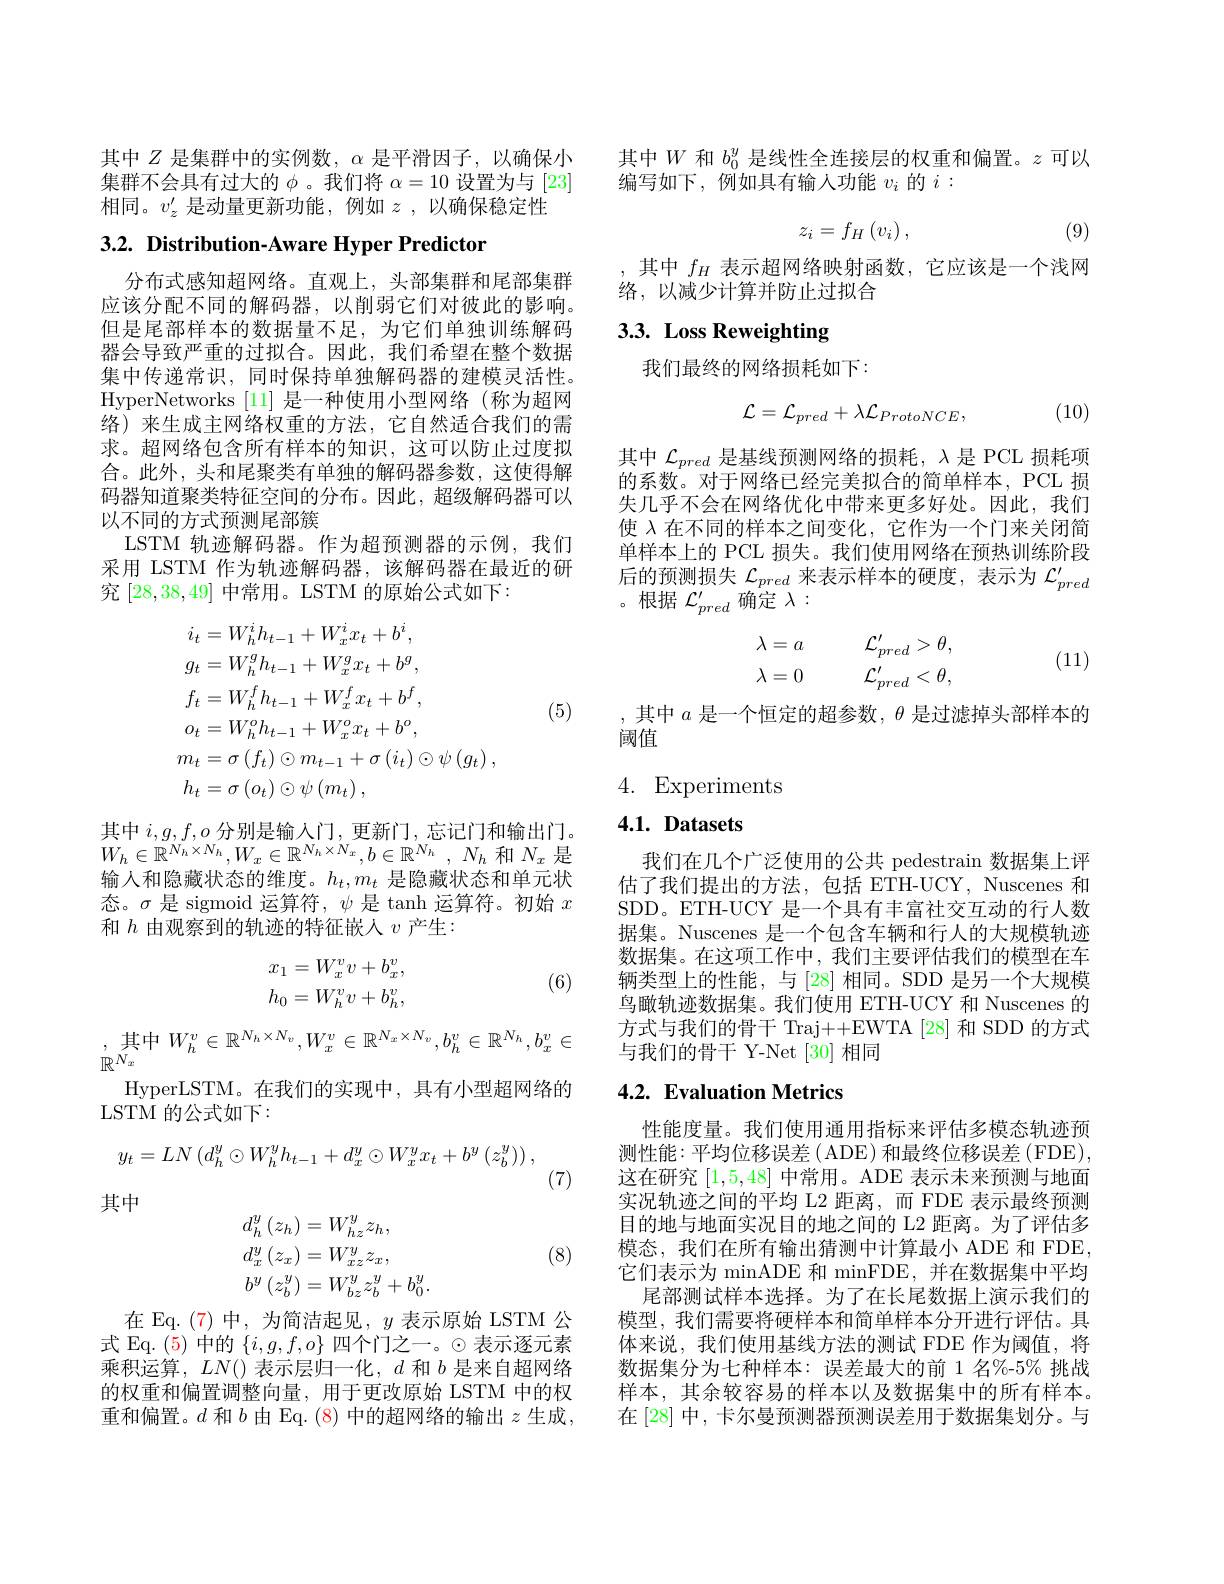
其中$Z$是集群中的实例数，$\alpha$是平滑因子，以确保小集群不会具有过大的$\phi$ 。我们将$\alpha=10$设置为与[23] 相同。$v_z^{\prime}$是动量更新功能，例如$z$ ,以确保稳定性

$3. 2. \textbf{ Distribution- Aware Hyper Predictor}$

分布式感知超网络。直观上，头部集群和尾部集群应该分配不同的解码器，以削弱它们对彼此的影响。但是尾部样本的数据量不足，为它们单独训练解码器会导致严重的过拟合。因此，我们希望在整个数据集中传递常识，同时保持单独解码器的建模灵活性。HyperNetworks [11]是一种使用小型网络(称为超网络)来生成主网络权重的方法，它自然适合我们的需求。超网络包含所有样本的知识，这可以防止过度拟合。此外，头和尾聚类有单独的解码器参数，这使得解码器知道聚类特征空间的分布。因此，超级解码器可以以不同的方式预测尾部簇
LSTM 轨迹解码器。作为超预测器的示例，我们采用 LSTM 作为轨迹解码器，该解码器在最近的研究[28,38,49]中常用。LSTM 的原始公式如下：
$$\begin{aligned}&i_{t}=W_{h}^{i}h_{t-1}+W_{x}^{i}x_{t}+b^{i},\\&g_{t}=W_{h}^{g}h_{t-1}+W_{x}^{g}x_{t}+b^{g},\\&f_{t}=W_{h}^{f}h_{t-1}+W_{x}^{f}x_{t}+b^{f},\\&o_{t}=W_{h}^{o}h_{t-1}+W_{x}^{o}x_{t}+b^{o},\\&m_{t}=\sigma\left(f_{t}\right)\odot m_{t-1}+\sigma\left(i_{t}\right)\odot\psi\left(g_{t}\right),\\&h_{t}=\sigma\left(o_{t}\right)\odot\psi\left(m_{t}\right),\end{aligned}$$
(5)

其中$i,g,f,o$分别是输入门，更新门，忘记门和输出门。$W_{h}\in \mathbb{R} ^{N_{h}\times N_{h}}, W_{x}\in \mathbb{R} ^{N_{h}\times N_{x}}, b\in \mathbb{R} ^{N_{h}}$ , $N_{h}$ 和$N_{x}$ 是输入和隐藏状态的维度。$h_t,m_t$是隐藏状态和单元状态。$\sigma$是 sigmoid 运算符$,\psi$是 tanh 运算符。初始 $x$ 和$h$由观察到的轨迹的特征嵌人$v$产生：
$$\begin{aligned}x_1&=W_x^vv+b_x^v,\\h_0&=W_h^vv+b_h^v,\end{aligned}$$
(6)
$$\text{中}\:W_{h}^{v}\in\mathbb{R}^{N_{h}\times N_{v}},W_{x}^{v}\in\mathbb{R}^{N_{x}\times N_{v}},b_{h}^{v}\in\mathbb{R}^{N_{h}},b_{x}^{v}\in $$
$\mathbb{R}^{\tilde{N}_x}$
HyperLSTM。在 我 们 的 实 现 中 , 具 有 小 型 超 网 络 的
LSTM 的公式如下：
$$y_t=LN\left(d_h^y\odot W_h^yh_{t-1}+d_x^y\odot W_x^yx_t+b^y\left(z_b^y\right)\right),$$
(7)
其中

(8)
$$\begin{aligned}&d_{h}^{y}\left(z_{h}\right)=W_{hz}^{y}z_{h},\\&d_{x}^{y}\left(z_{x}\right)=W_{xz}^{y}z_{x},\\&b^{y}\left(z_{b}^{y}\right)=W_{bz}^{y}z_{b}^{y}+b_{0}^{y}.\end{aligned}$$
在 Eq. (7) 中，为简洁起见，$y$表示原始 LSTM 公式 Eq. (5) 中的 $\{i,g,f,o\}$ 四个门之一。$\odot$表示逐元素乘积运算，$LN()$表示层归一化，$d$和$b$是来自超网络的权重和偏置调整向量，用于更改原始 LSTM 中的权重和偏置。$d$ 和$b$ 由 Eq.(8)中的超网络的输出$z$ 生成，

其中$W$和$b_0^y$是线性全连接层的权重和偏置。$z$可以
编写如下，例如具有输入功能$v_i$的$i:$
$$z_i=f_H\left(v_i\right),$$
(9)

,其中$f_H$表示超网络映射函数，它应该是一个浅网
络，以减少计算并防止过拟合

# 3.3. Loss Reweighting

我们最终的网络损耗如下：

(10)
$$\mathcal{L}=\mathcal{L}_{pred}+\lambda\mathcal{L}_{ProtoNCE},$$
其中$\mathcal{L}_pred$是基线预测网络的损耗，$\lambda$是 PCL 损耗项的系数。对于网络已经完美拟合的简单样本，PCL 损失几乎不会在网络优化中带来更多好处。因此，我们使$\lambda$在不同的样本之间变化，它作为一个门来关闭简单样本上的 PCL 损失。我们使用网络在预热训练阶段后的预测损失$\mathcal{L}_pred$来表示样本的硬度，表示为$\mathcal{L}_pred^{\prime}$ 。根据$\mathcal{L}_pred^{\prime}$确定$\lambda:$
$$\begin{array}{ll}\lambda=a&\quad\mathcal{L}_{pred}'>\theta,\\\lambda=0&\quad\mathcal{L}_{pred}'<\theta,\end{array}$$
(11)

,其中 $a$ 是一个恒定的超参数$,\theta$ 是过滤掉头部样本的
阈值

4. Experiments

## 4.1. Datasets

我们在几个广泛使用的公共 pedestrain 数据集上评估了我们提出的方法，包括 ETH-UCY, Nuscenes 和SDD。ETH-UCY 是一个具有丰富社交互动的行人数据集。Nuscenes 是一个包含车辆和行人的大规模轨迹数据集。在这项工作中，我们主要评估我们的模型在车辆类型上的性能，与[28]相同。SDD 是另一个大规模鸟瞰轨迹数据集。我们使用 ETH-UCY 和 Nuscenes 的方式与我们的骨干 Traj++EWTA[28] 和 SDD 的方式与我们的骨干 Y-Net [30]相同

### 4.2. Evaluation Metrics

性能度量。我们使用通用指标来评估多模态轨迹预测性能：平均位移误差( ADE) 和最终位移误差(FDE), 这在研究[1,5,48]中常用。ADE 表示未来预测与地面实况轨迹之间的平均 L2 距离，而 FDE 表示最终预测目的地与地面实况目的地之间的 L2 距离。为了评估多模态，我们在所有输出猜测中计算最小 ADE 和 FDE, 它们表示为 minADE 和 minFDE, 并在数据集中平均
尾部测试样本选择。为了在长尾数据上演示我们的模型，我们需要将硬样本和简单样本分开进行评估。具体来说，我们使用基线方法的测试 FDE 作为阈值，将数据集分为七种样本：误差最大的前 1名%-5%挑战样本，其余较容易的样本以及数据集中的所有样本。在[28] 中，卡尔曼预测器预测误差用于数据集划分。与